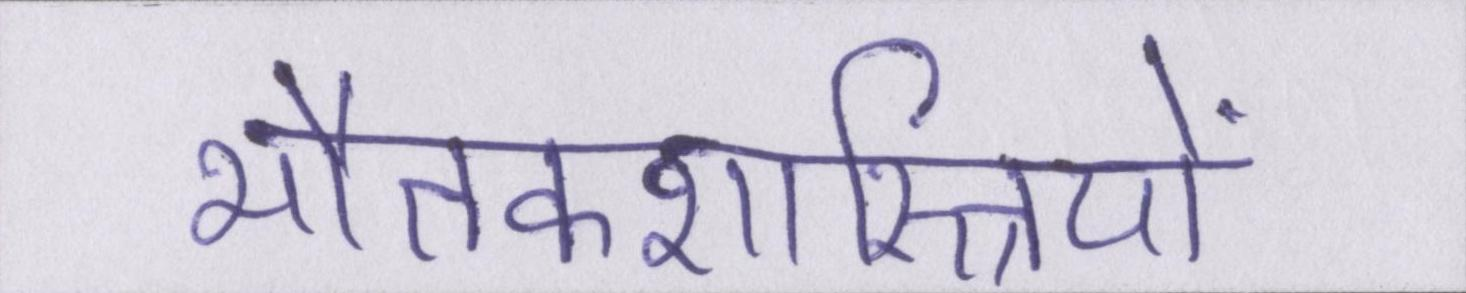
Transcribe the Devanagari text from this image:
भौतकशास्त्रियों